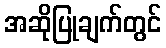
အဆိုပြုချက်တွင်